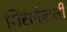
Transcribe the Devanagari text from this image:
गिरानेवाली